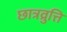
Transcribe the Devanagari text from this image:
छात्रव्रुत्ति